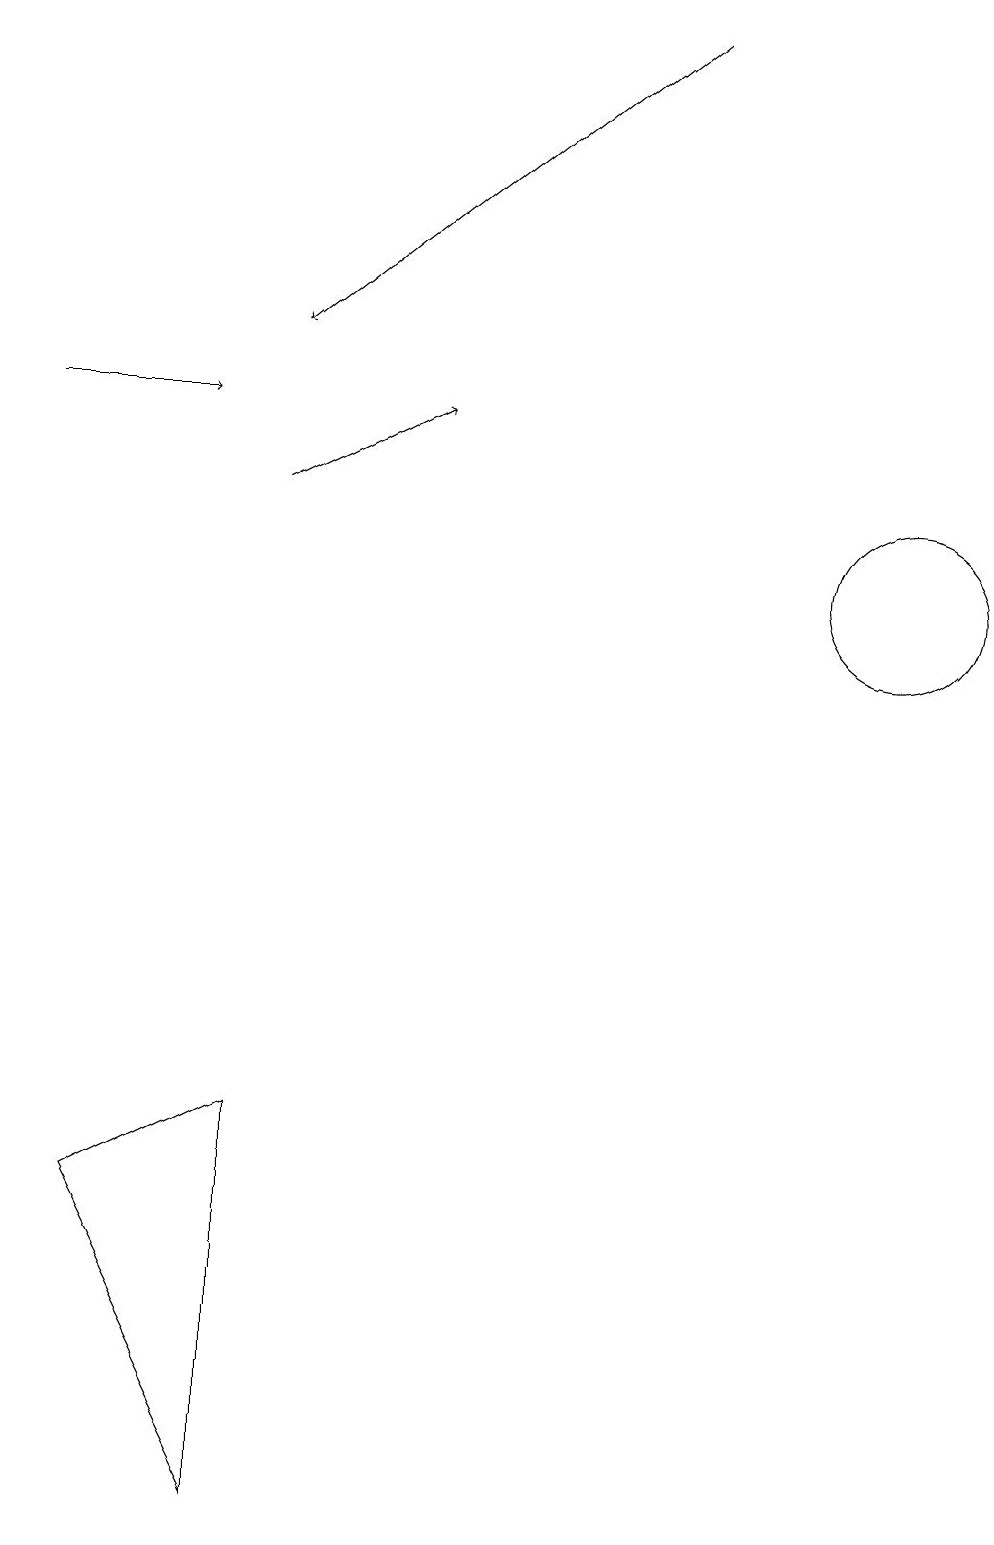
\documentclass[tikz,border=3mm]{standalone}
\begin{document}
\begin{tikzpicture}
\draw[->] (8,19) -- (3,15);
\draw[->] (0,14) -- (2,14);
\draw (3,0) -- (1,4) -- (3,5) -- cycle;
\draw[->] (3,13) -- (5,14);
\draw (11,12) circle (1);
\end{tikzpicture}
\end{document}